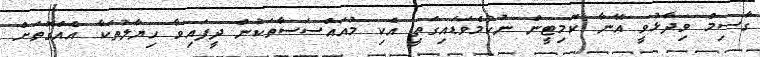
ގާސިމް ވިދާޅުވީ އޭނާ ކޮމިޓީން ނުކުމެވަޑައިގަތީ އެކި މުއައްސަސާތަކުން ދީފައިވާ ހިޔާލުތަކާ އެއްގޮތަށް